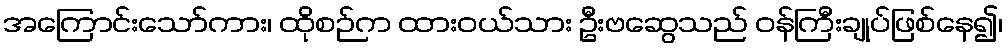
အကြောင်းသော်ကား၊ ထိုစဉ်က ထားဝယ်သား ဦးဗဆွေသည် ဝန်ကြီးချုပ်ဖြစ်နေ၍၊